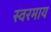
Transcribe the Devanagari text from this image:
स्वरमाय